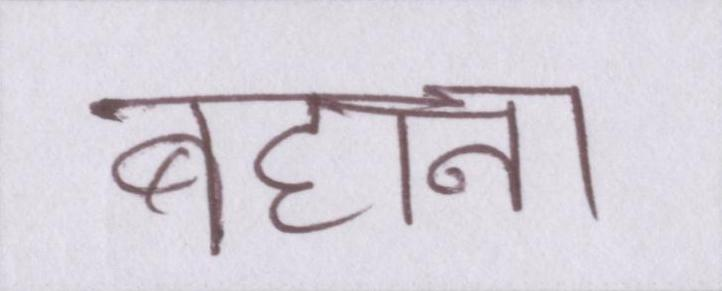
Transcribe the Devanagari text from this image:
बहाना